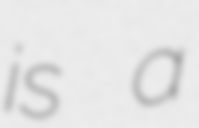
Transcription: is a